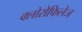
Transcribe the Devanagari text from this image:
क्लोरोफिलेज